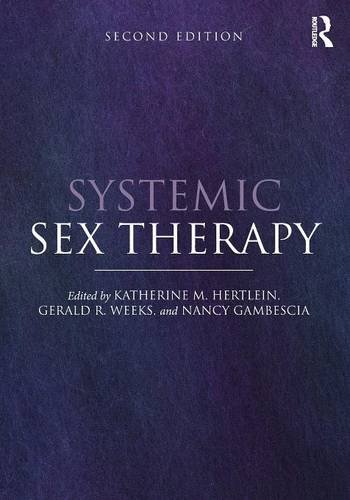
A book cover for Systemic Sex Therapy; Medical Books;